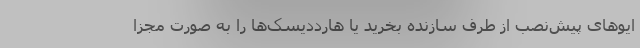
ایوهای پیش‌نصب از طرف سازنده بخرید یا هارددیسک‌ها را به صورت مجزا